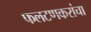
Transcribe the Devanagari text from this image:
फलटणकरांचा